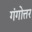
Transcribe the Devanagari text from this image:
गंगोत्तर